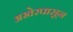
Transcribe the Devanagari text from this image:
अखेरपासून